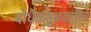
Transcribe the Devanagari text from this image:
बोधैकसुखकारिणे